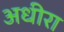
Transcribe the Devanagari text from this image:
अधीरा